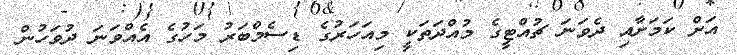
އަށް ކަމަށާއި ދެވަނަ ޗުއްޓީގެ މުއްދަތަކީ މިއަހަރުގެ ޑިސެމްބަރު މަހުގެ އެއްވަނަ ދުވަހުން